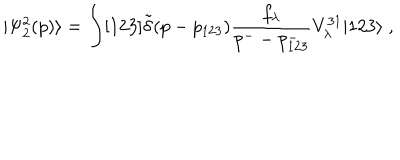
LaTeX: | \Psi _ { 2 } ^ { 2 } ( p ) \rangle = \int [ 1 2 3 ] \tilde { \delta } ( p - p _ { 1 2 3 } ) \frac { f _ { \lambda } } { p ^ { - } - p _ { 1 2 3 } ^ { - } } V _ { \lambda } ^ { 3 1 } | 1 2 3 \rangle \; ,